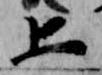
上